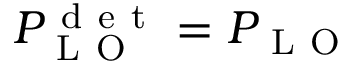
P _ { \mathrm { ~ L ~ O ~ } } ^ { \mathrm { ~ d ~ e ~ t ~ } } = P _ { \mathrm { ~ L ~ O ~ } }